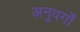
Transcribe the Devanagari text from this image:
अनुवर्गों